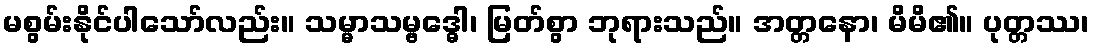
မစွမ်းနိုင်ပါသော်လည်း။ သမ္မာသမ္ဗဒ္ဓေါ၊ မြတ်စွာ ဘုရားသည်။ အတ္တနော၊ မိမိ၏။ ပုတ္တဿ၊